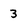
Character: 3